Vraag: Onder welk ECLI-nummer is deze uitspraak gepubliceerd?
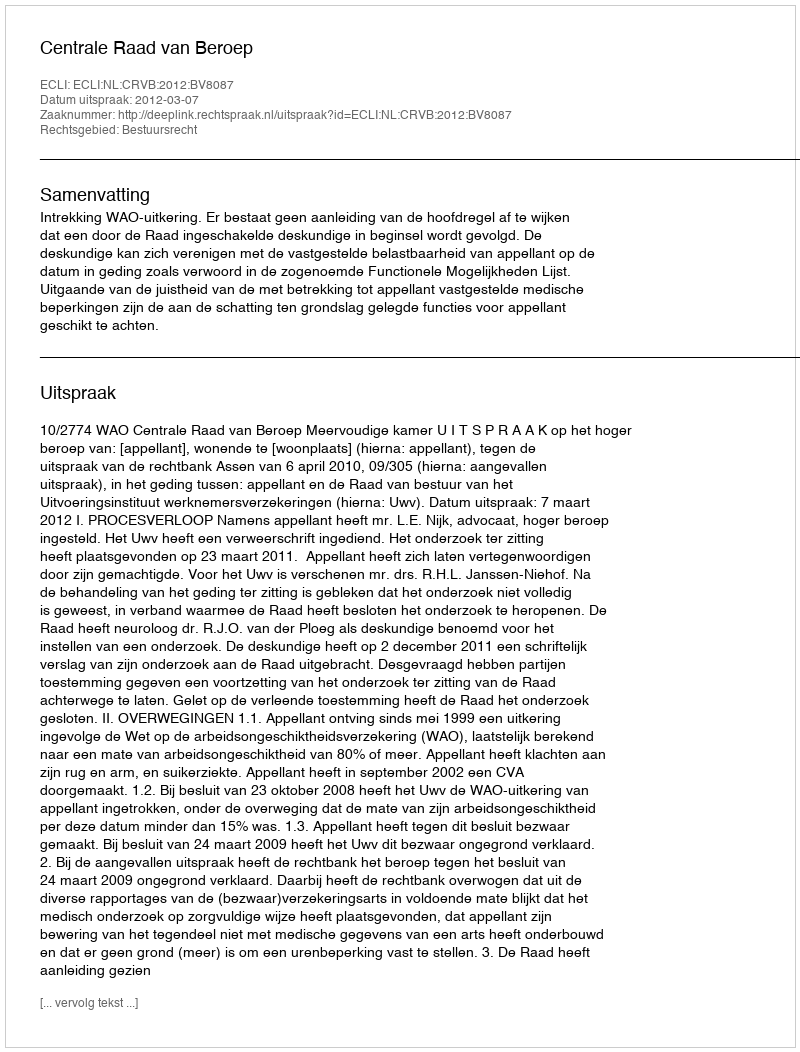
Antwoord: ECLI:NL:CRVB:2012:BV8087